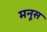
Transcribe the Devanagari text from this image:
मनूस